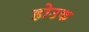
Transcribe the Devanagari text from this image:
होउक